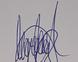
Signature authenticity: genuine